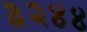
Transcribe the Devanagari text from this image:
३२४४